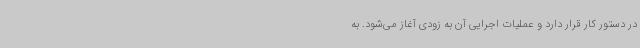
در دستور کار قرار دارد و عملیات اجرایی آن به زودی آغاز می‌شود. به